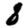
Digit: 8